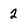
Character: 2